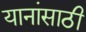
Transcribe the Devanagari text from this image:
यानांसाठी